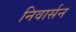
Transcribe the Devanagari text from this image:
निवार्सन